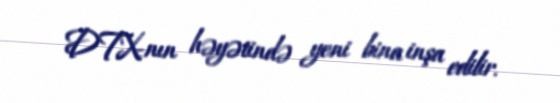
DTX-nın həyətində yeni bina inşa edilir.